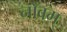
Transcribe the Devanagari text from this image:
नोवम्